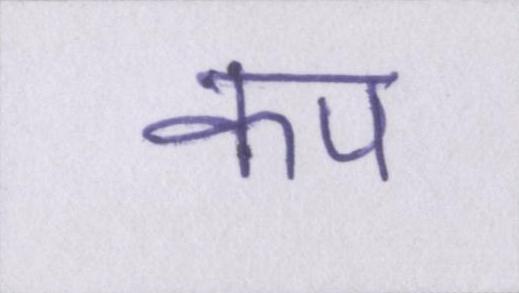
कप